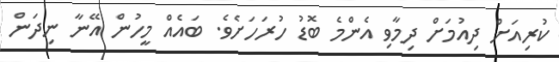
ކުރިއަށް ދިއުމަށް ދިމާވި އެންމެ ބޮޑު ހުރަހަށެވެ. ބައެއް މީހުން އޭނާ ނިދަން